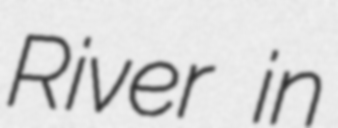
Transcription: River in